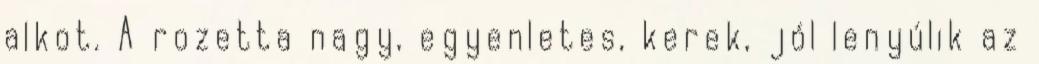
alkot. A rozetta nagy, egyenletes, kerek, jól lenyúlik az